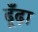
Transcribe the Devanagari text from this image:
ढूँंढ़ा